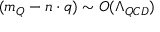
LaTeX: ( m _ { Q } - n \cdot q ) \sim { \cal O } ( \Lambda _ { Q C D } )